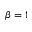
\beta = 1